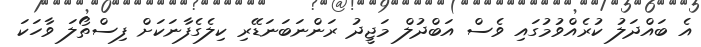
އެ ބައްދަލު ކުރެއްވުމުގައި ވެސް އަބްދުލް މަޖީދު ރަންނަބަނަޑޭރި ކިލެގެފާނަކަށް ފިސްތޯލަ ވާހަކަ